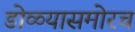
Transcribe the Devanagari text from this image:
डोळ्यासमोरच